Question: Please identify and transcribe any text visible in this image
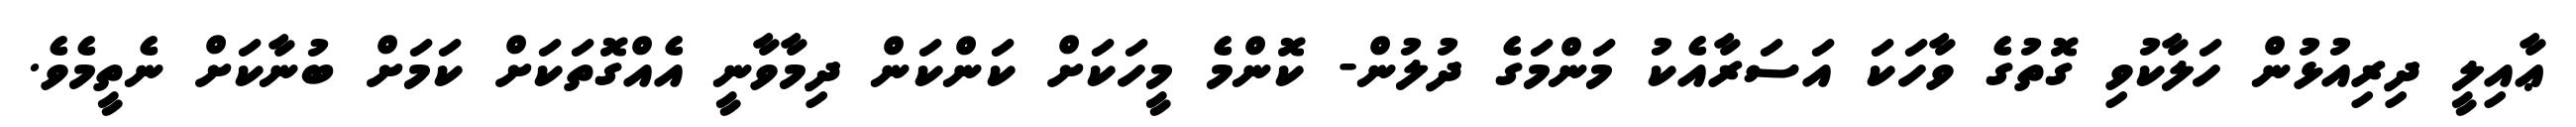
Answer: ޢާއިލީ ދިރިއުޅުން ހަލާކުވި ގޮތުގެ ވާހަކަ އަސަރާއެކު މަންމަގެ ދުލުން- ކޮންމެ މީހަކަށް ކަންކަން ދިމާވާނީ އެއްގޮތަކަށް ކަމަށް ބުނާކަށް ނެތީމެވެ.